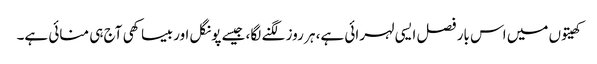
کھیتوں میں اس بار فصل ایسی لہرائی ہے، ہر روز لگنے لگا، جیسے پونگل اور بیساکھی آج ہی منائی ہے۔